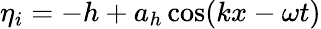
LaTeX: \eta_{i}=-h+a_{h}\cos(kx-\omega t)